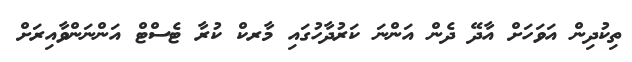
ތިކުދިން އަވަހަށް އާދޭ ދެން އަންނަ ކަރުދާހުގައި މާރކް ކުރާ ޓެސްޓް އަންނަންވާއިރަށް